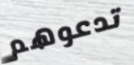
تدعوهم